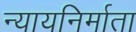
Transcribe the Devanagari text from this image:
न्यायनिर्माता